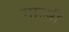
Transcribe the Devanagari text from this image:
गाल्बी